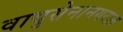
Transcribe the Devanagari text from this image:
वायुसेनानगरात